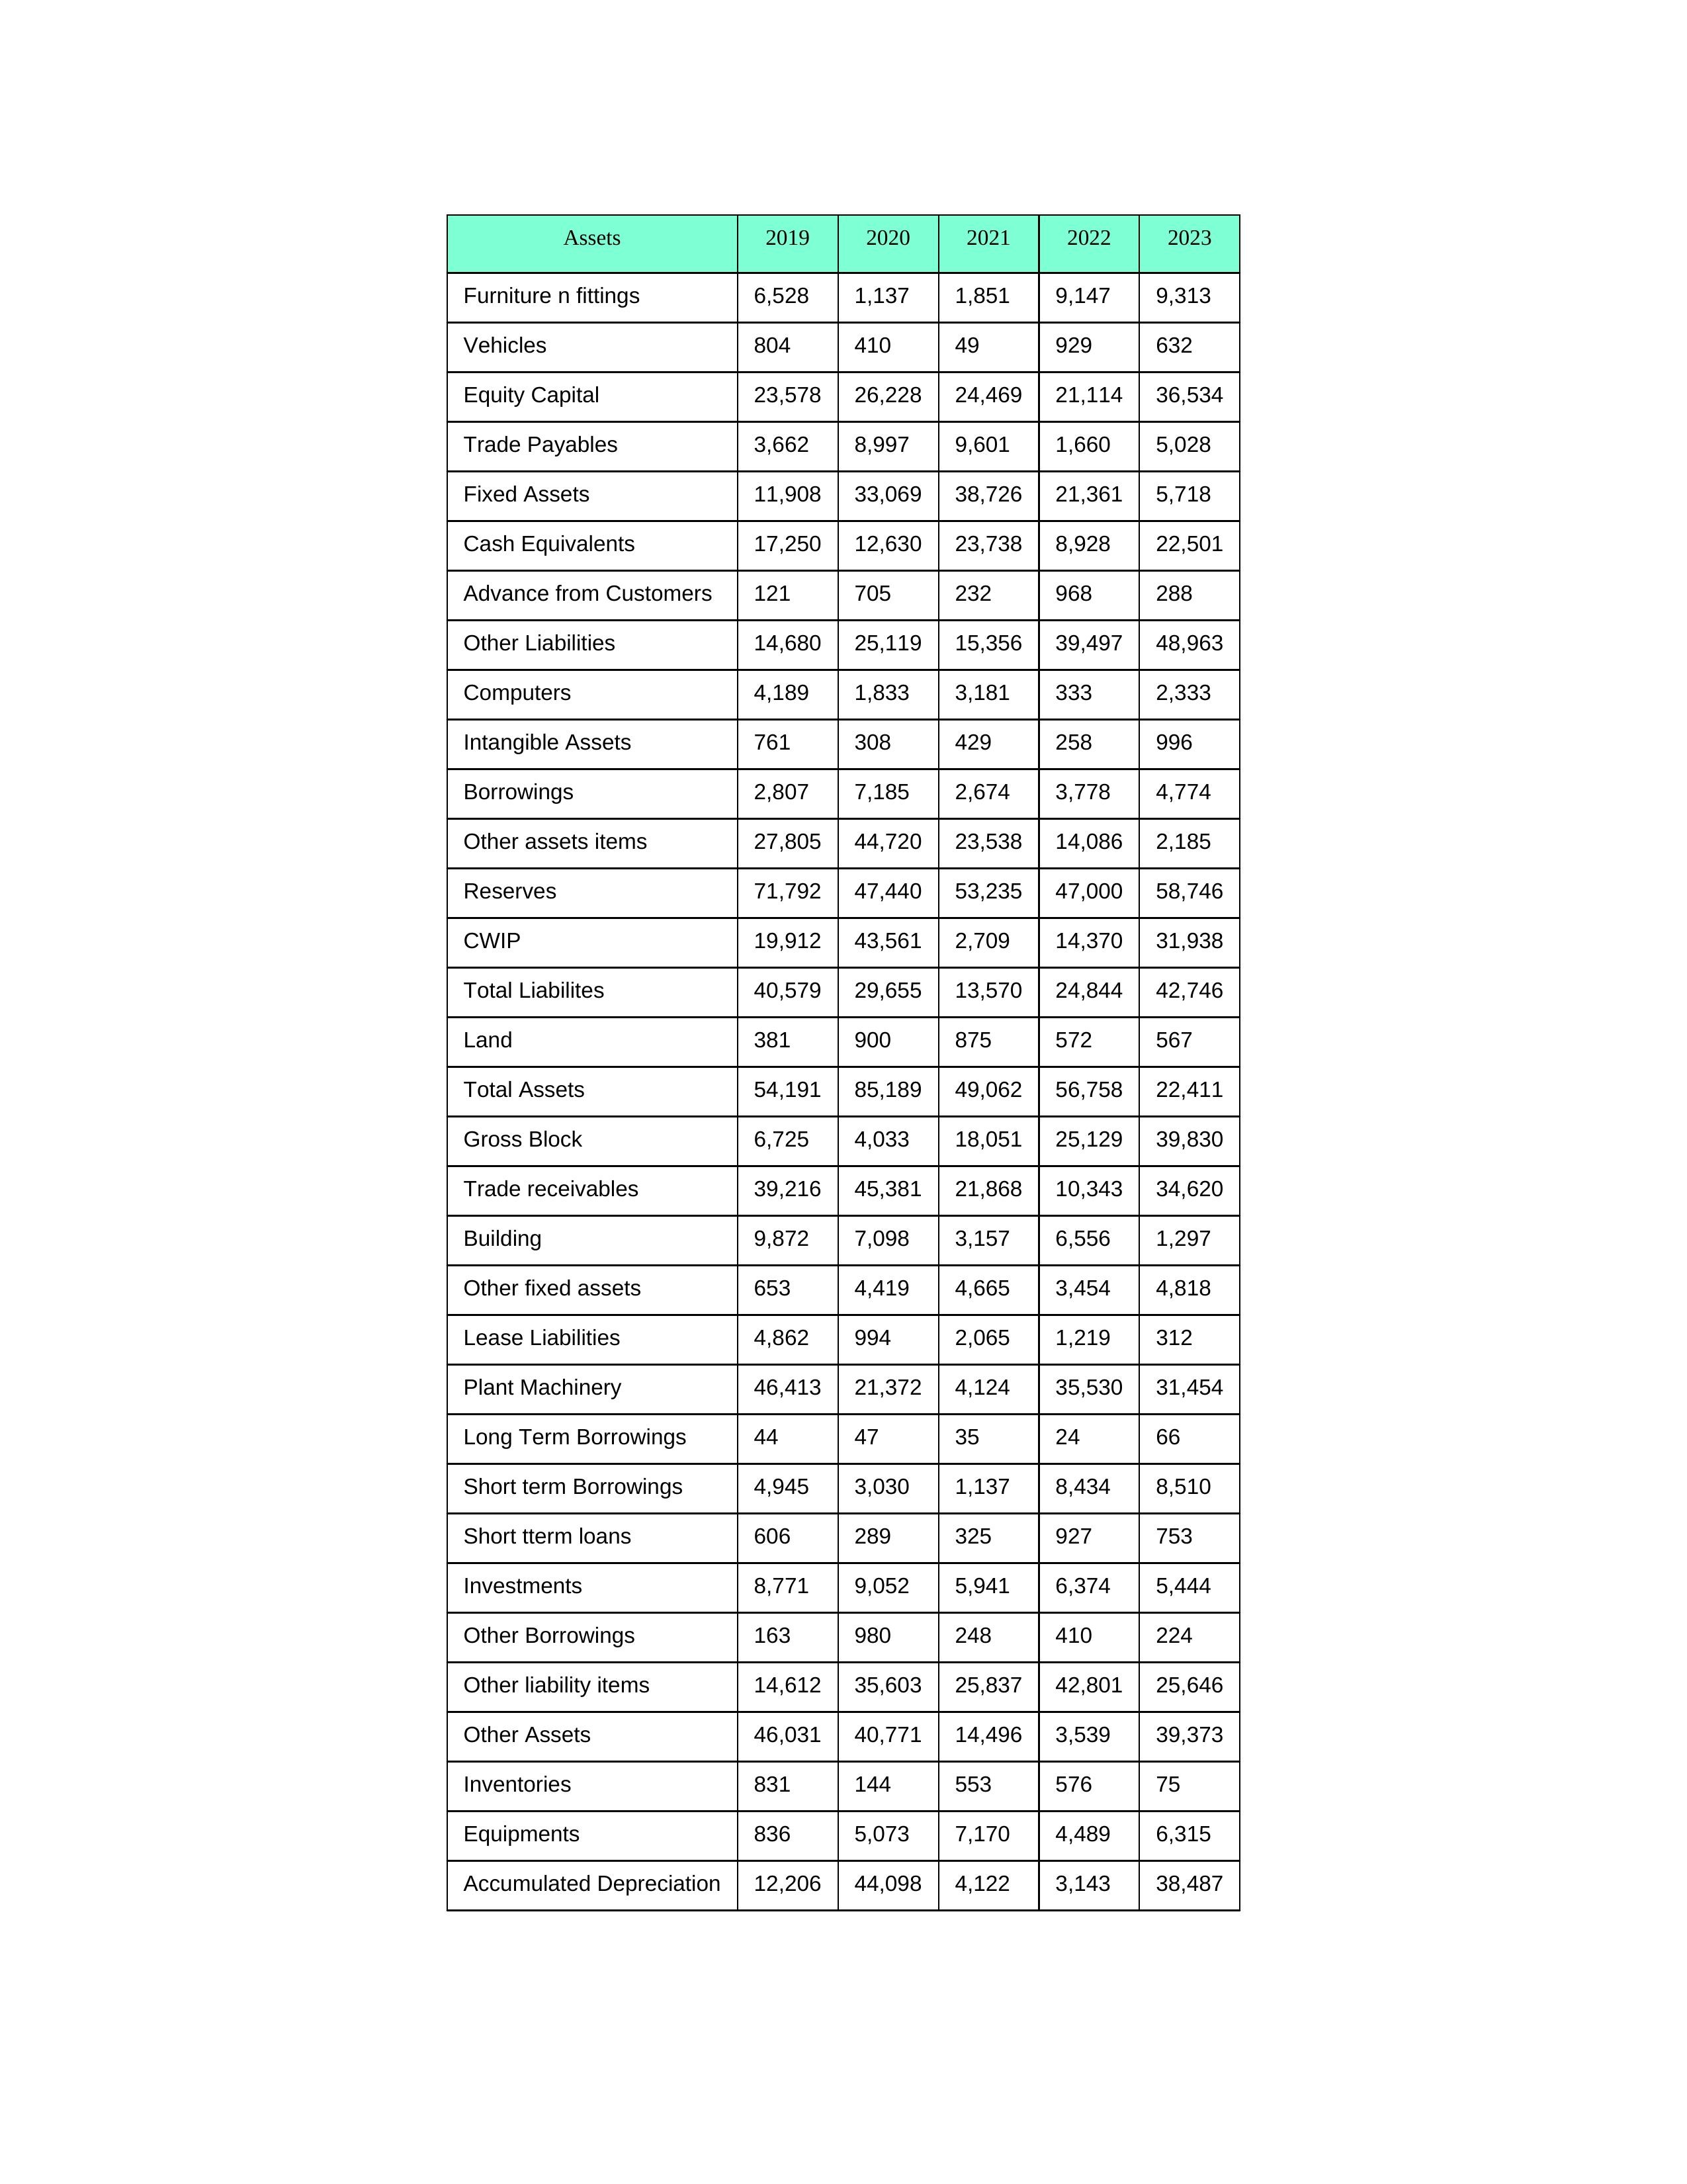
gt_parse: 2019: Equity Capital: 23,578
Reserves: 71,792
Borrowings: 2,807
Long Term Borrowings: 44
Short term Borrowings: 4,945
Lease Liabilities: 4,862
Other Borrowings: 163
Other Liabilities: 14,680
Trade Payables: 3,662
Advance from Customers: 121
Other liability items: 14,612
Total Liabilites: 40,579
Fixed Assets: 11,908
Land: 381
Building: 9,872
Plant Machinery: 46,413
Equipments: 836
Computers: 4,189
Furniture n fittings: 6,528
Vehicles: 804
Intangible Assets: 761
Other fixed assets: 653
Gross Block: 6,725
Accumulated Depreciation: 12,206
CWIP: 19,912
Investments: 8,771
Other Assets: 46,031
Inventories: 831
Trade receivables: 39,216
Cash Equivalents: 17,250
Short tterm loans: 606
Other assets items: 27,805
Total Assets: 54,191
2020: Equity Capital: 26,228
Reserves: 47,440
Borrowings: 7,185
Long Term Borrowings: 47
Short term Borrowings: 3,030
Lease Liabilities: 994
Other Borrowings: 980
Other Liabilities: 25,119
Trade Payables: 8,997
Advance from Customers: 705
Other liability items: 35,603
Total Liabilites: 29,655
Fixed Assets: 33,069
Land: 900
Building: 7,098
Plant Machinery: 21,372
Equipments: 5,073
Computers: 1,833
Furniture n fittings: 1,137
Vehicles: 410
Intangible Assets: 308
Other fixed assets: 4,419
Gross Block: 4,033
Accumulated Depreciation: 44,098
CWIP: 43,561
Investments: 9,052
Other Assets: 40,771
Inventories: 144
Trade receivables: 45,381
Cash Equivalents: 12,630
Short tterm loans: 289
Other assets items: 44,720
Total Assets: 85,189
2021: Equity Capital: 24,469
Reserves: 53,235
Borrowings: 2,674
Long Term Borrowings: 35
Short term Borrowings: 1,137
Lease Liabilities: 2,065
Other Borrowings: 248
Other Liabilities: 15,356
Trade Payables: 9,601
Advance from Customers: 232
Other liability items: 25,837
Total Liabilites: 13,570
Fixed Assets: 38,726
Land: 875
Building: 3,157
Plant Machinery: 4,124
Equipments: 7,170
Computers: 3,181
Furniture n fittings: 1,851
Vehicles: 49
Intangible Assets: 429
Other fixed assets: 4,665
Gross Block: 18,051
Accumulated Depreciation: 4,122
CWIP: 2,709
Investments: 5,941
Other Assets: 14,496
Inventories: 553
Trade receivables: 21,868
Cash Equivalents: 23,738
Short tterm loans: 325
Other assets items: 23,538
Total Assets: 49,062
2022: Equity Capital: 21,114
Reserves: 47,000
Borrowings: 3,778
Long Term Borrowings: 24
Short term Borrowings: 8,434
Lease Liabilities: 1,219
Other Borrowings: 410
Other Liabilities: 39,497
Trade Payables: 1,660
Advance from Customers: 968
Other liability items: 42,801
Total Liabilites: 24,844
Fixed Assets: 21,361
Land: 572
Building: 6,556
Plant Machinery: 35,530
Equipments: 4,489
Computers: 333
Furniture n fittings: 9,147
Vehicles: 929
Intangible Assets: 258
Other fixed assets: 3,454
Gross Block: 25,129
Accumulated Depreciation: 3,143
CWIP: 14,370
Investments: 6,374
Other Assets: 3,539
Inventories: 576
Trade receivables: 10,343
Cash Equivalents: 8,928
Short tterm loans: 927
Other assets items: 14,086
Total Assets: 56,758
2023: Equity Capital: 36,534
Reserves: 58,746
Borrowings: 4,774
Long Term Borrowings: 66
Short term Borrowings: 8,510
Lease Liabilities: 312
Other Borrowings: 224
Other Liabilities: 48,963
Trade Payables: 5,028
Advance from Customers: 288
Other liability items: 25,646
Total Liabilites: 42,746
Fixed Assets: 5,718
Land: 567
Building: 1,297
Plant Machinery: 31,454
Equipments: 6,315
Computers: 2,333
Furniture n fittings: 9,313
Vehicles: 632
Intangible Assets: 996
Other fixed assets: 4,818
Gross Block: 39,830
Accumulated Depreciation: 38,487
CWIP: 31,938
Investments: 5,444
Other Assets: 39,373
Inventories: 75
Trade receivables: 34,620
Cash Equivalents: 22,501
Short tterm loans: 753
Other assets items: 2,185
Total Assets: 22,411